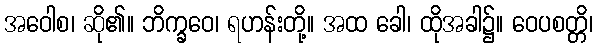
အဝေါစ၊ ဆို၏။ ဘိက္ခဝေ၊ ရဟန်းတို့။ အထ ခေါ၊ ထိုအခါ၌။ ဝေပစတ္တိ၊